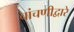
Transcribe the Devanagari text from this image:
चांचणीद्वारे